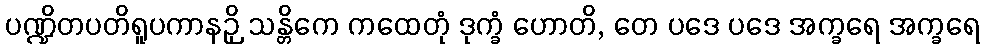
ပဏ္ဍိတပတိရူပကာနဉှိ သန္တိကေ ကထေတုံ ဒုက္ခံ ဟောတိ, တေ ပဒေ ပဒေ အက္ခရေ အက္ခရေ